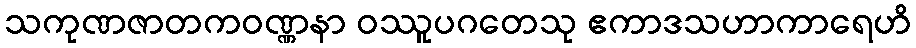
သကုဏဇာတကဝဏ္ဏနာ ဝဿူပဂတေသု ဧကာဒသဟာကာရေဟိ